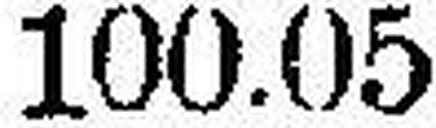
100.05